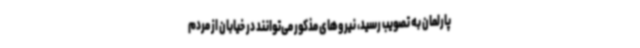
پارلمان به تصویب رسید، نیروهای مذکور می‌توانند در خیابان از مردم